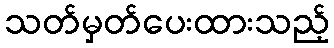
သတ်မှတ်ပေးထားသည့်